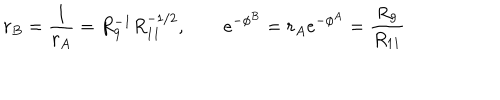
{ r _ { B } = { \frac { 1 } { r _ { A } } } = R _ { 9 } ^ { - 1 } R _ { 1 1 } ^ { - 1 / 2 } , \qquad e ^ { - \phi ^ { B } } = r _ { A } e ^ { - \phi ^ { A } } = { \frac { R _ { 9 } } { R _ { 1 1 } } } }